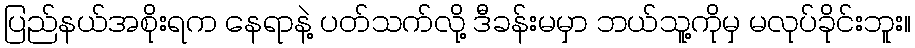
ပြည်နယ်အစိုးရက နေရာနဲ့ ပတ်သက်လို့ ဒီခန်းမမှာ ဘယ်သူ့ကိုမှ မလုပ်ခိုင်းဘူး။